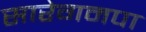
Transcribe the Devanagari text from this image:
सारेगमपा